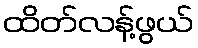
ထိတ်လန့်ဖွယ်